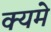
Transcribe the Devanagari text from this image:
क्यमे